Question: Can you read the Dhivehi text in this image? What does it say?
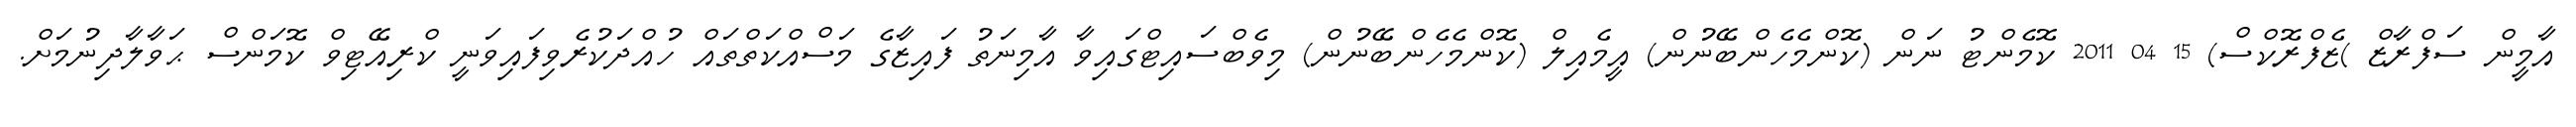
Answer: އާމީން ސަފްރާޒް )ޒެފްރޮކްސް) 15 04 2011 ކޮމެންޓު ނަން (ކޮންމެހެންބޭނުން) އީމެއިލް (ކޮންމެހެންބޭނުން) މިވެބްސައިޓްގައިވާ އާމިނަތު ފައިޒާގެ މަސްއްކަތްތައް ހުއްދަކުރެވިފައިވަނީ ކްރިއޭޓިވް ކޮމަންސް ޙަވާލާދިނުމަށް.